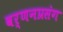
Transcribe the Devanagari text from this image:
वर्णनप्रसंग